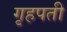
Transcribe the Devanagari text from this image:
गृहपती